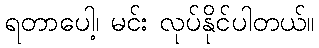
ရတာပေါ့၊ မင်း လုပ်နိုင်ပါတယ်။